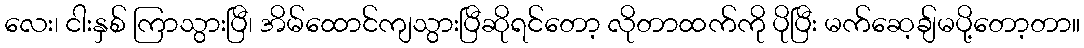
လေး၊ ငါးနှစ် ကြာသွားပြီ၊ အိမ်ထောင်ကျသွားပြီဆိုရင်တော့ လိုတာထက်ကို ပိုပြီး မက်ဆေ့ချ်မပို့တော့တာ။